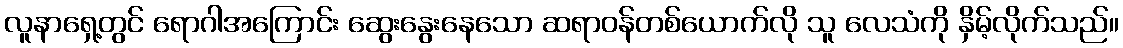
လူနာရှေ့တွင် ရောဂါအကြောင်း ဆွေးနွေးနေသော ဆရာဝန်တစ်ယောက်လို သူ လေသံကို နှိမ့်လိုက်သည်။